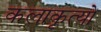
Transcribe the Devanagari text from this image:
कलाकृत्यों